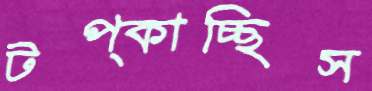
টপ্‌কাচ্ছিস